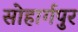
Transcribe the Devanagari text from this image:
सोहार्गपुर